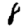
Digit: 8